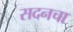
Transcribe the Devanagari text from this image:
सदनचा